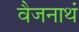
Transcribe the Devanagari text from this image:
वैजनाथं